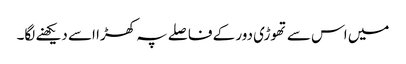
میں اس سے تھوڑی دور کے فاصلے پہ کھڑا اسے دیکھنے لگا۔